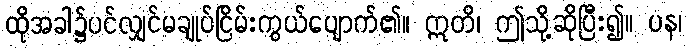
ထိုအခါ၌ပင်လျှင်မချုပ်ငြိမ်းကွယ်ပျောက်၏။ ဣတိ၊ ဤသို့ဆိုပြီး၍။ ပန၊